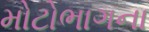
મોટોભાગના